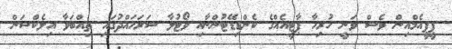
ޕީޕީއެމްއިން ވެސް ވަނީ ހުރިހާ ޕާޓީއެއްގެ ކެންޑިޑޭޓުންނާއި ވޯޓުލާ ސަރަހައްދުގައި ތިއްބަވާ އިލެކްޝަން